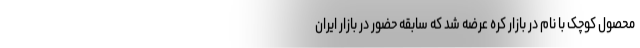
محصول کوچک با نام در بازار کره عرضه شد که سابقه حضور در بازار ایران